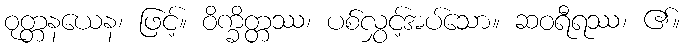
ဝုတ္တနယေန၊ ဖြင့်။ ဝိက္ခိတ္တဿ၊ ပစ်လွှင့်အပ်သော။ ဆဝရီရဿ၊ ၏။